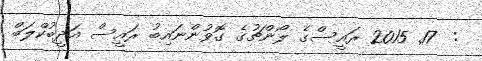
:  17